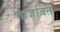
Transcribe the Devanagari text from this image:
गाजविते